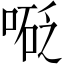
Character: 𠻅